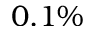
0 . 1 \%